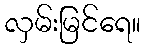
လှမ်းမြင်ရေ။